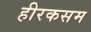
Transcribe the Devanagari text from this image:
हीरकसम